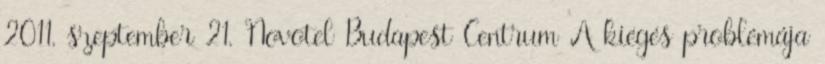
2011. szeptember 21. Novotel Budapest Centrum A kiégés problémája